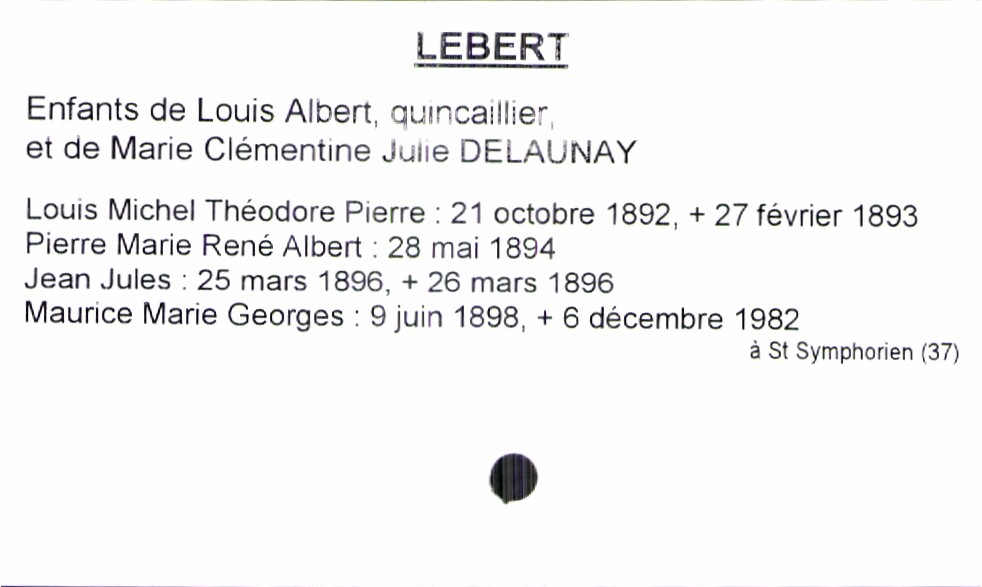
type_acte: Baptême
filiation: fils
enfant_prénom: Maurice Marie Georges
enfant_date_de_naissance: 9 juin 1898
enfant_date_de_décès: 6 décembre 1982
enfant_lieu_de_décès: Saint Symphorien (37)
père_enfant_nom: Lebert
père_enfant_prénom: Louis Albert
père_enfant_profession: quincaillier
mère_enfant_nom: Delaunay
mère_enfant_prénom: Marie Clémentine Julie